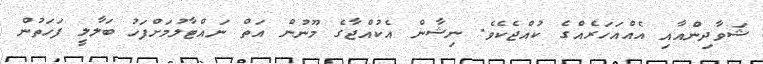
ޝަވާދިންއާއި އެއްއަހަރެއްގެ ކުއްޖެކެވެ. ނިޝާން އެކުއްޖާގެ މޫނުން އަތް ނައްޓާލުމަށްފަހު ބަލާލީ ފަހަތުން